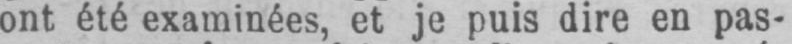
ont été examinées, et je puis dire en pas-